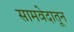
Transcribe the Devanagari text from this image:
सामवेदातून